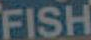
FISH